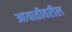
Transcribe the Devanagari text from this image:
आयातीवरील